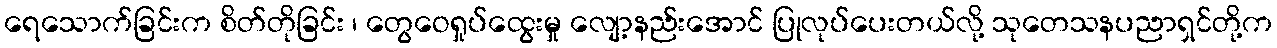
ရေသောက်ခြင်းက စိတ်တိုခြင်း ၊ တွေဝေရှုပ်ထွေးမှု လျော့နည်းအောင် ပြုလုပ်ပေးတယ်လို့ သုတေသနပညာရှင်တို့က